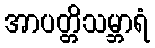
အာပတ္တိသမ္ဘာရံ